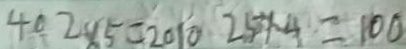
4 0 2 \times 5 = 2 0 1 0 2 5 \times 4 = 1 0 0